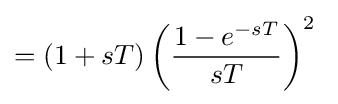
=(1+sT)\left({\frac {1-e^{-sT}}{sT}}\right)^{2}\